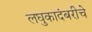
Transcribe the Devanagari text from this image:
लघुकादंबरीचे